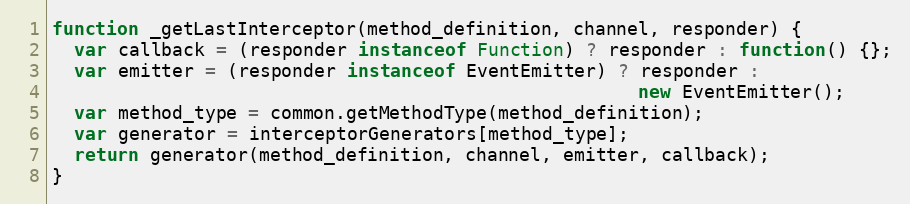
Language: JavaScript
function _getLastInterceptor(method_definition, channel, responder) {
  var callback = (responder instanceof Function) ? responder : function() {};
  var emitter = (responder instanceof EventEmitter) ? responder :
                                                      new EventEmitter();
  var method_type = common.getMethodType(method_definition);
  var generator = interceptorGenerators[method_type];
  return generator(method_definition, channel, emitter, callback);
}